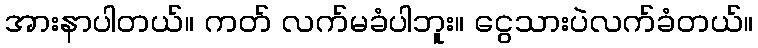
အားနာပါတယ်။ ကတ် လက်မခံပါဘူး။ ငွေသားပဲလက်ခံတယ်။